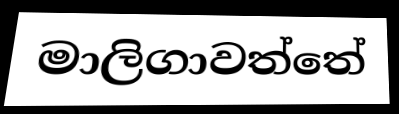
මාලිගාවත්තේ